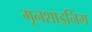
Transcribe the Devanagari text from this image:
मूनशाइनिंग